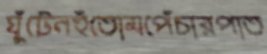
ঘুঁটেনহুঁতোমপেঁচারপাত